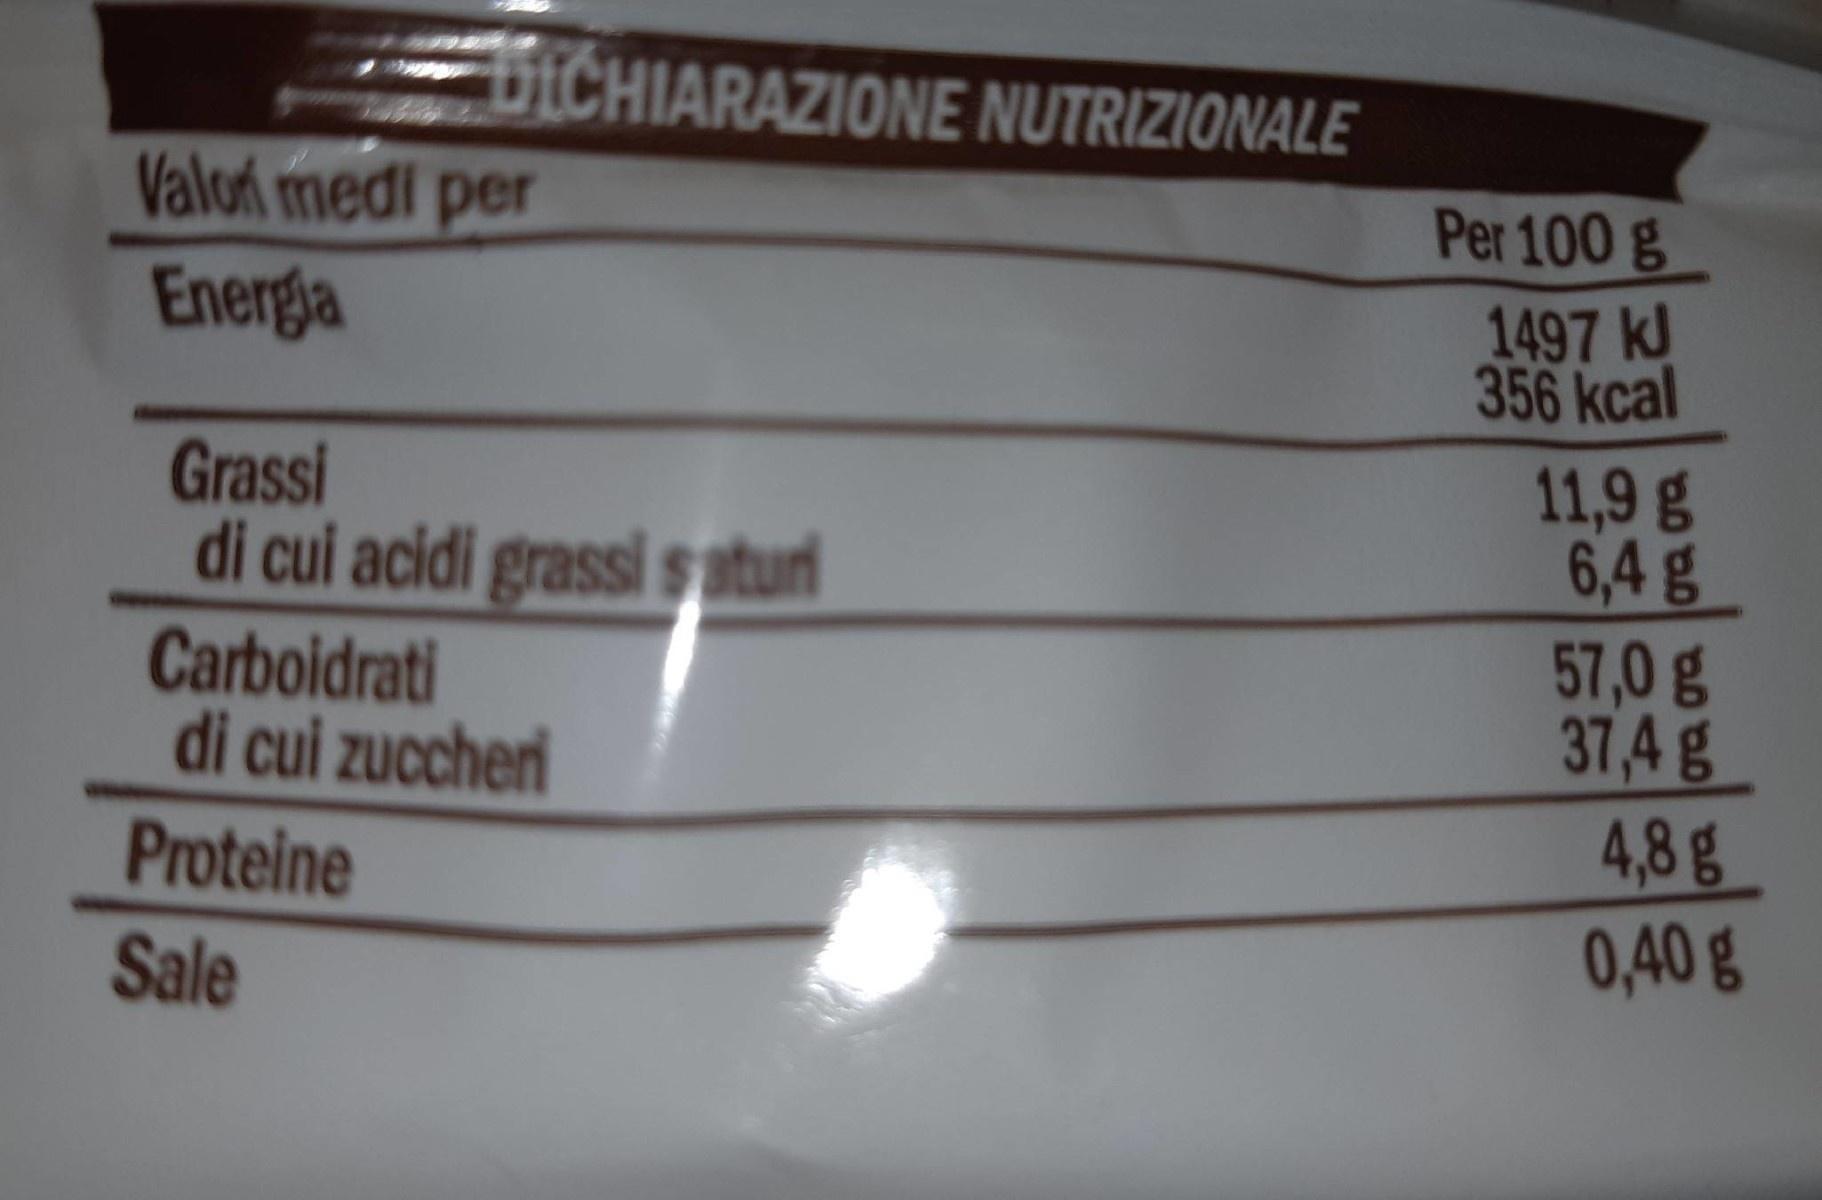
EDICHIARAZIONE NUTRIZIONALE
Valor medi per
Per 100 g
Energia
1497 kJ 356 kcal
Grassi di cui acidi grassi s sturi
11,9 g 6,4 g
Carboidrati di cui zuccheri
57,0g 37,4g
4,8g 0,40 g
Proteine
Sale